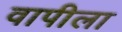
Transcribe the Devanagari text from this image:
वापीला